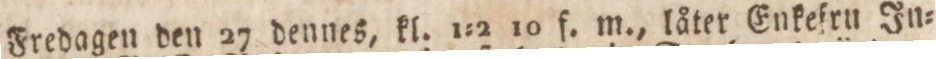
Fredagen den 27 dennes, kl. 1:2 10 f. m., låter Enkefru In=